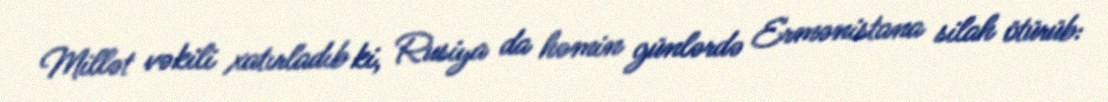
Millət vəkili xatırladıb ki, Rusiya da həmin günlərdə Ermənistana silah ötürüb: